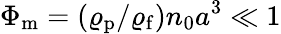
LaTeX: \Phi_{\mathrm{m}}=(\varrho_{\mathrm{p}}/\varrho_{\mathrm{f}})n_{0}a^{3}\ll 1